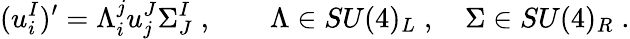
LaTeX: (u_{i}^{I})^{\prime}=\Lambda_{i}^{j}u_{j}^{J}\Sigma_{J}^{I}\; ,\qquad\Lambda\in{SU}(4)_{L}\; ,\quad\Sigma\in{SU}(4)_{R}\; .